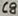
Text: C8